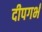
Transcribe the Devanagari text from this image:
दीपगर्भ